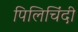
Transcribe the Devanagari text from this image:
पिलिचिंदी